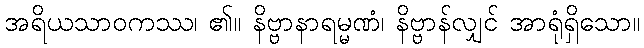
အရိယသာဝကဿ၊ ၏။ နိဗ္ဗာနာရမ္မဏံ၊ နိဗ္ဗာန်လျှင် အာရုံရှိသော။